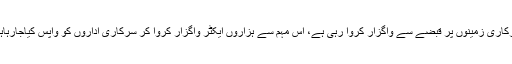
عثمان بزدار نے کہا کہ پنجاب حکومت پہلی بار سرکاری زمینوں پر قبضے سے واگزار کروا رہی ہے، اس مہم سے ہزاروں ایکٹر واگزار کروا کر سرکاری اداروں کو واپس کیاجارہاہے جسے شجر کاری کیلئے مختص کر د یا گیا ہے۔